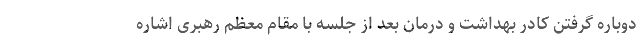
دوباره گرفتن کادر بهداشت و درمان بعد از جلسه با مقام معظم رهبری اشاره